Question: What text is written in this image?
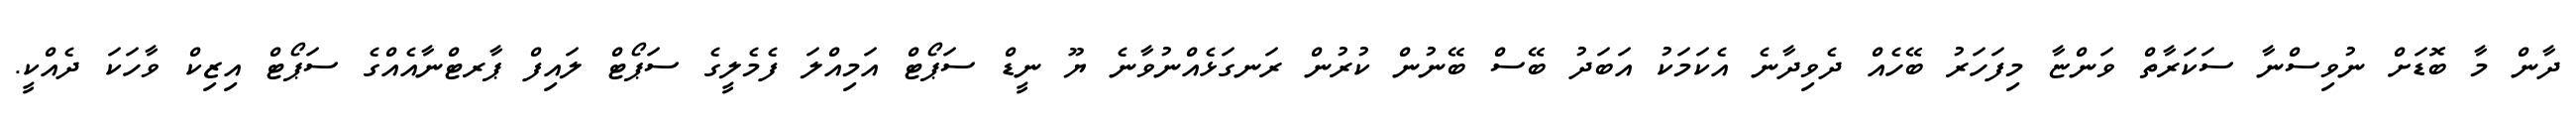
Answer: ދާން މާ ބޮޑަށް ނުވިސްނާ ސަކަރާތް ވަންޏާ މިފަހަރު ބޭހެއް ދެވިދާނެ އެކަމަކު އަބަދު ބޭސް ބޭނުން ކުރުން ރަނގަޅެއްނުވާނެ ޔޫ ނީޑް ސަޕޯޓް އަމިއްލަ ފެމެލީގެ ސަޕޯޓް ލައިފް ޕާރޓްނާއެއްގެ ސަޕޯޓް އިޒިކް ވާހަކަ ދެއްކީ.